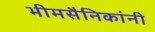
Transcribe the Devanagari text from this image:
भीमसैनिकांनी